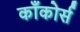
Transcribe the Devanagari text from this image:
काँकोर्स